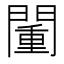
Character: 𨵮